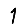
Digit: 1